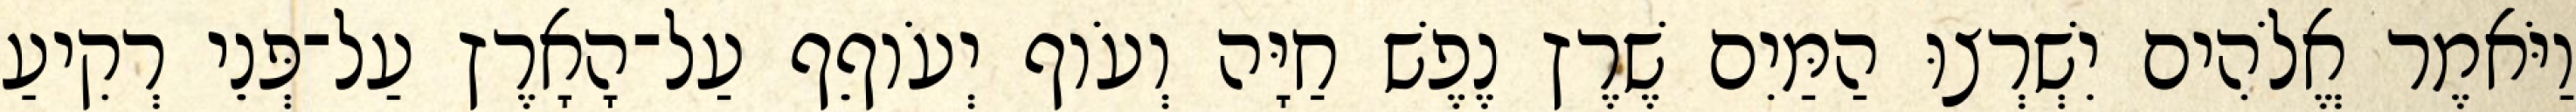
וַיֹּאמֶר אֱלֹהִים יִשְׁרְצוּ הַמַּיִם שֶׁרֶץ נֶפֶשׁ חַיָּה וְעֹוף יְעֹוףֵף עַל־הָאָרֶץ עַל־פְּנֵי רְקִיעַ